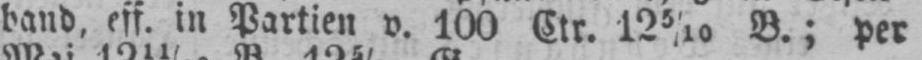
band, eff. in Partien v. 100 Ctr. 12 5/10B.; per